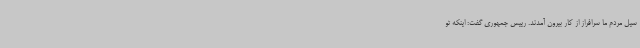
سیل مردم ما سرافراز از کار بیرون آمدند. رییس جمهوری گفت: اینکه تو